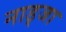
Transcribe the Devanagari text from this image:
नाड्जा